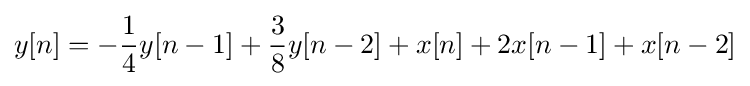
y[n]=-{\frac {1}{4}}y[n-1]+{\frac {3}{8}}y[n-2]+x[n]+2x[n-1]+x[n-2]